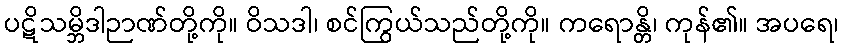
ပဋိသမ္ဘိဒါဉာဏ်တို့ကို။ ဝိသဒါ၊ စင်ကြွယ်သည်တို့ကို။ ကရောန္တိ၊ ကုန်၏။ အပရေ၊